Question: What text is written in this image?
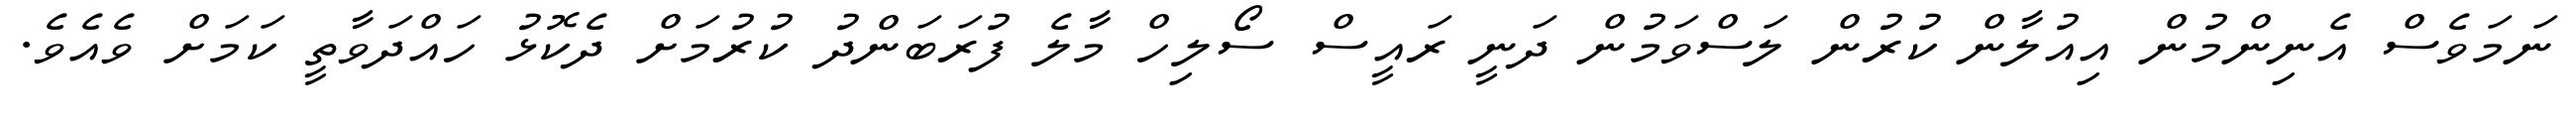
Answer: ނަމަވެސް އެނިންމުން އިއުލާން ކުރުން ލަސްވަމުން ދަނީ ރައީސް ސޯލިހް މާލެ ފުރަބަންދު ކުރުމަށް ދެކޮޅު ހައްދަވާތީ ކަމަށް ވެއެވެ.